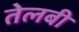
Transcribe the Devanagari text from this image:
तेलबी